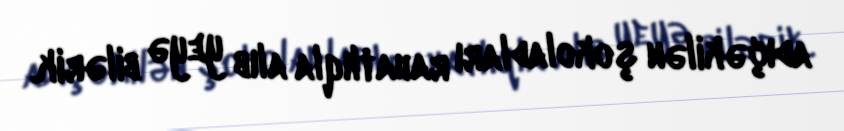
adıçəkilən şokoladları rahatlıqla alıb yeyə bilərik.